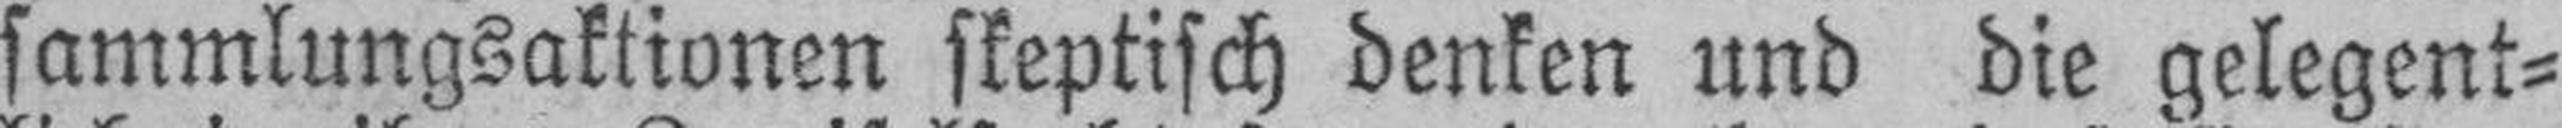
sammlungsaktionen skeptisch denken und die gelegent¬